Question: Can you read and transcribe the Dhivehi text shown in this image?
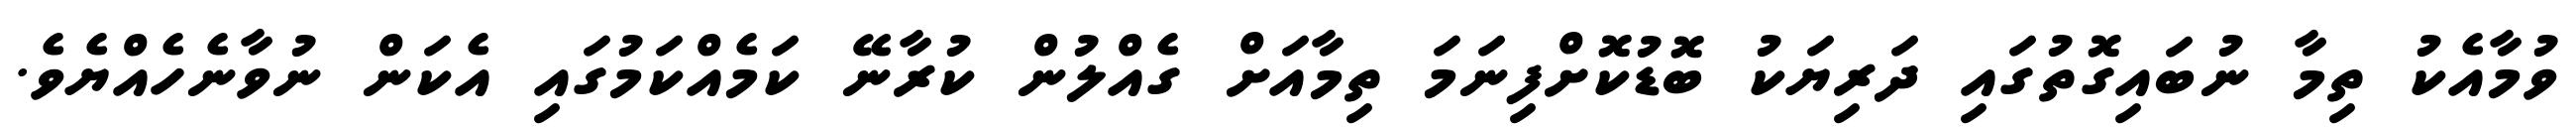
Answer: ވުމާއެކު ތިމާ ނުބައިގޮތުގައި ދަރިޔަކު ބޮޑުކޮށްފިނަމަ ތިމާއަށް ގެއްލުން ކުރާނޭ ކަމެއްކަމުގައި އެކަން ނުވާނެހެއްޔެވެ.